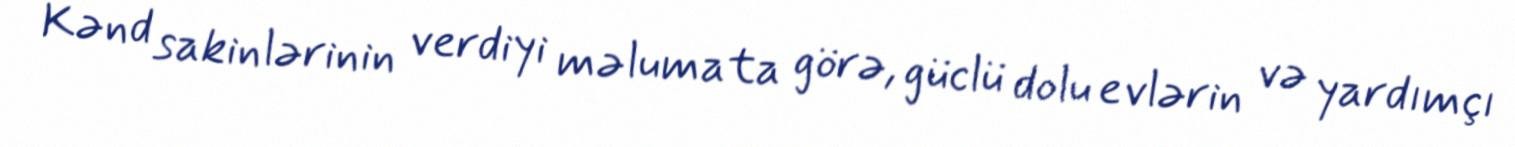
Kənd sakinlərinin verdiyi məlumata görə, güclü dolu evlərin və yardımçı